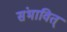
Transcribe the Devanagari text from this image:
संभावित्